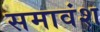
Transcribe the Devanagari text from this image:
समावंश